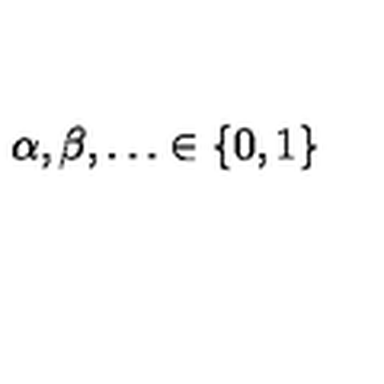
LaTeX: \alpha , \beta , \ldots \in \left\{ 0 , 1 \right\}